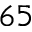
^ { 6 5 }